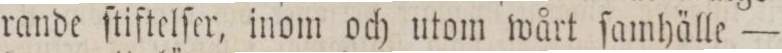
rande ſtiftelſer, inom och utom wårt ſamhälle —